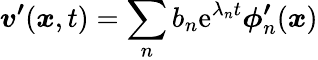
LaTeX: \boldsymbol{v^{\prime}}(\boldsymbol{x},t)=\sum_{n}b_{n}\mathrm{e}^{\lambda_{n}t}\boldsymbol{\phi^{\prime}}_{n}(\boldsymbol{x})